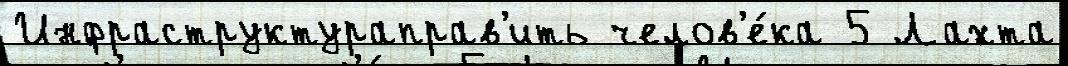
Инфраструктураправ'ить челов'е́ка 5 Лахта